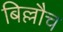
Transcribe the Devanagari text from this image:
बिल्लौच